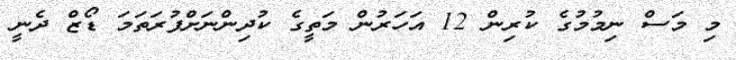
މި މަސް ނިމުމުގެ ކުރިން 12 އަހަރުން މަތީގެ ކުދިންނަށްފުރަތަމަ ޑޯޒް ދެނީ